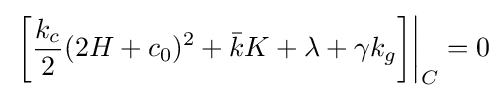
\left.\left[{\frac {k_{c}}{2}}(2H+c_{0})^{2}+{\bar {k}}K+\lambda +\gamma k_{g}\right]\right\vert _{C}=0